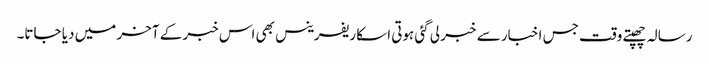
رسالہ چھپتے وقت جس اخبار سے خبر لی گئی ہوتی اسکا ریفرینس بھی اس خبر کے آخر میں دیا جاتا۔